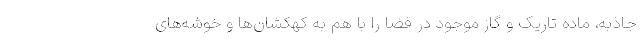
جاذبه، ماده تاریک و گاز موجود در فضا را با هم به کهکشان‌ها و خوشه‌های